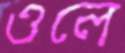
ওলে